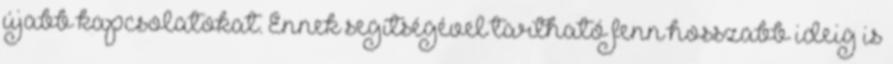
újabb kapcsolatokat. Ennek segítségével tartható fenn hosszabb ideig is